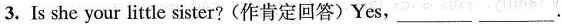
3.Is she your little sister?(作肯定回答)Yes, ___ ___ .